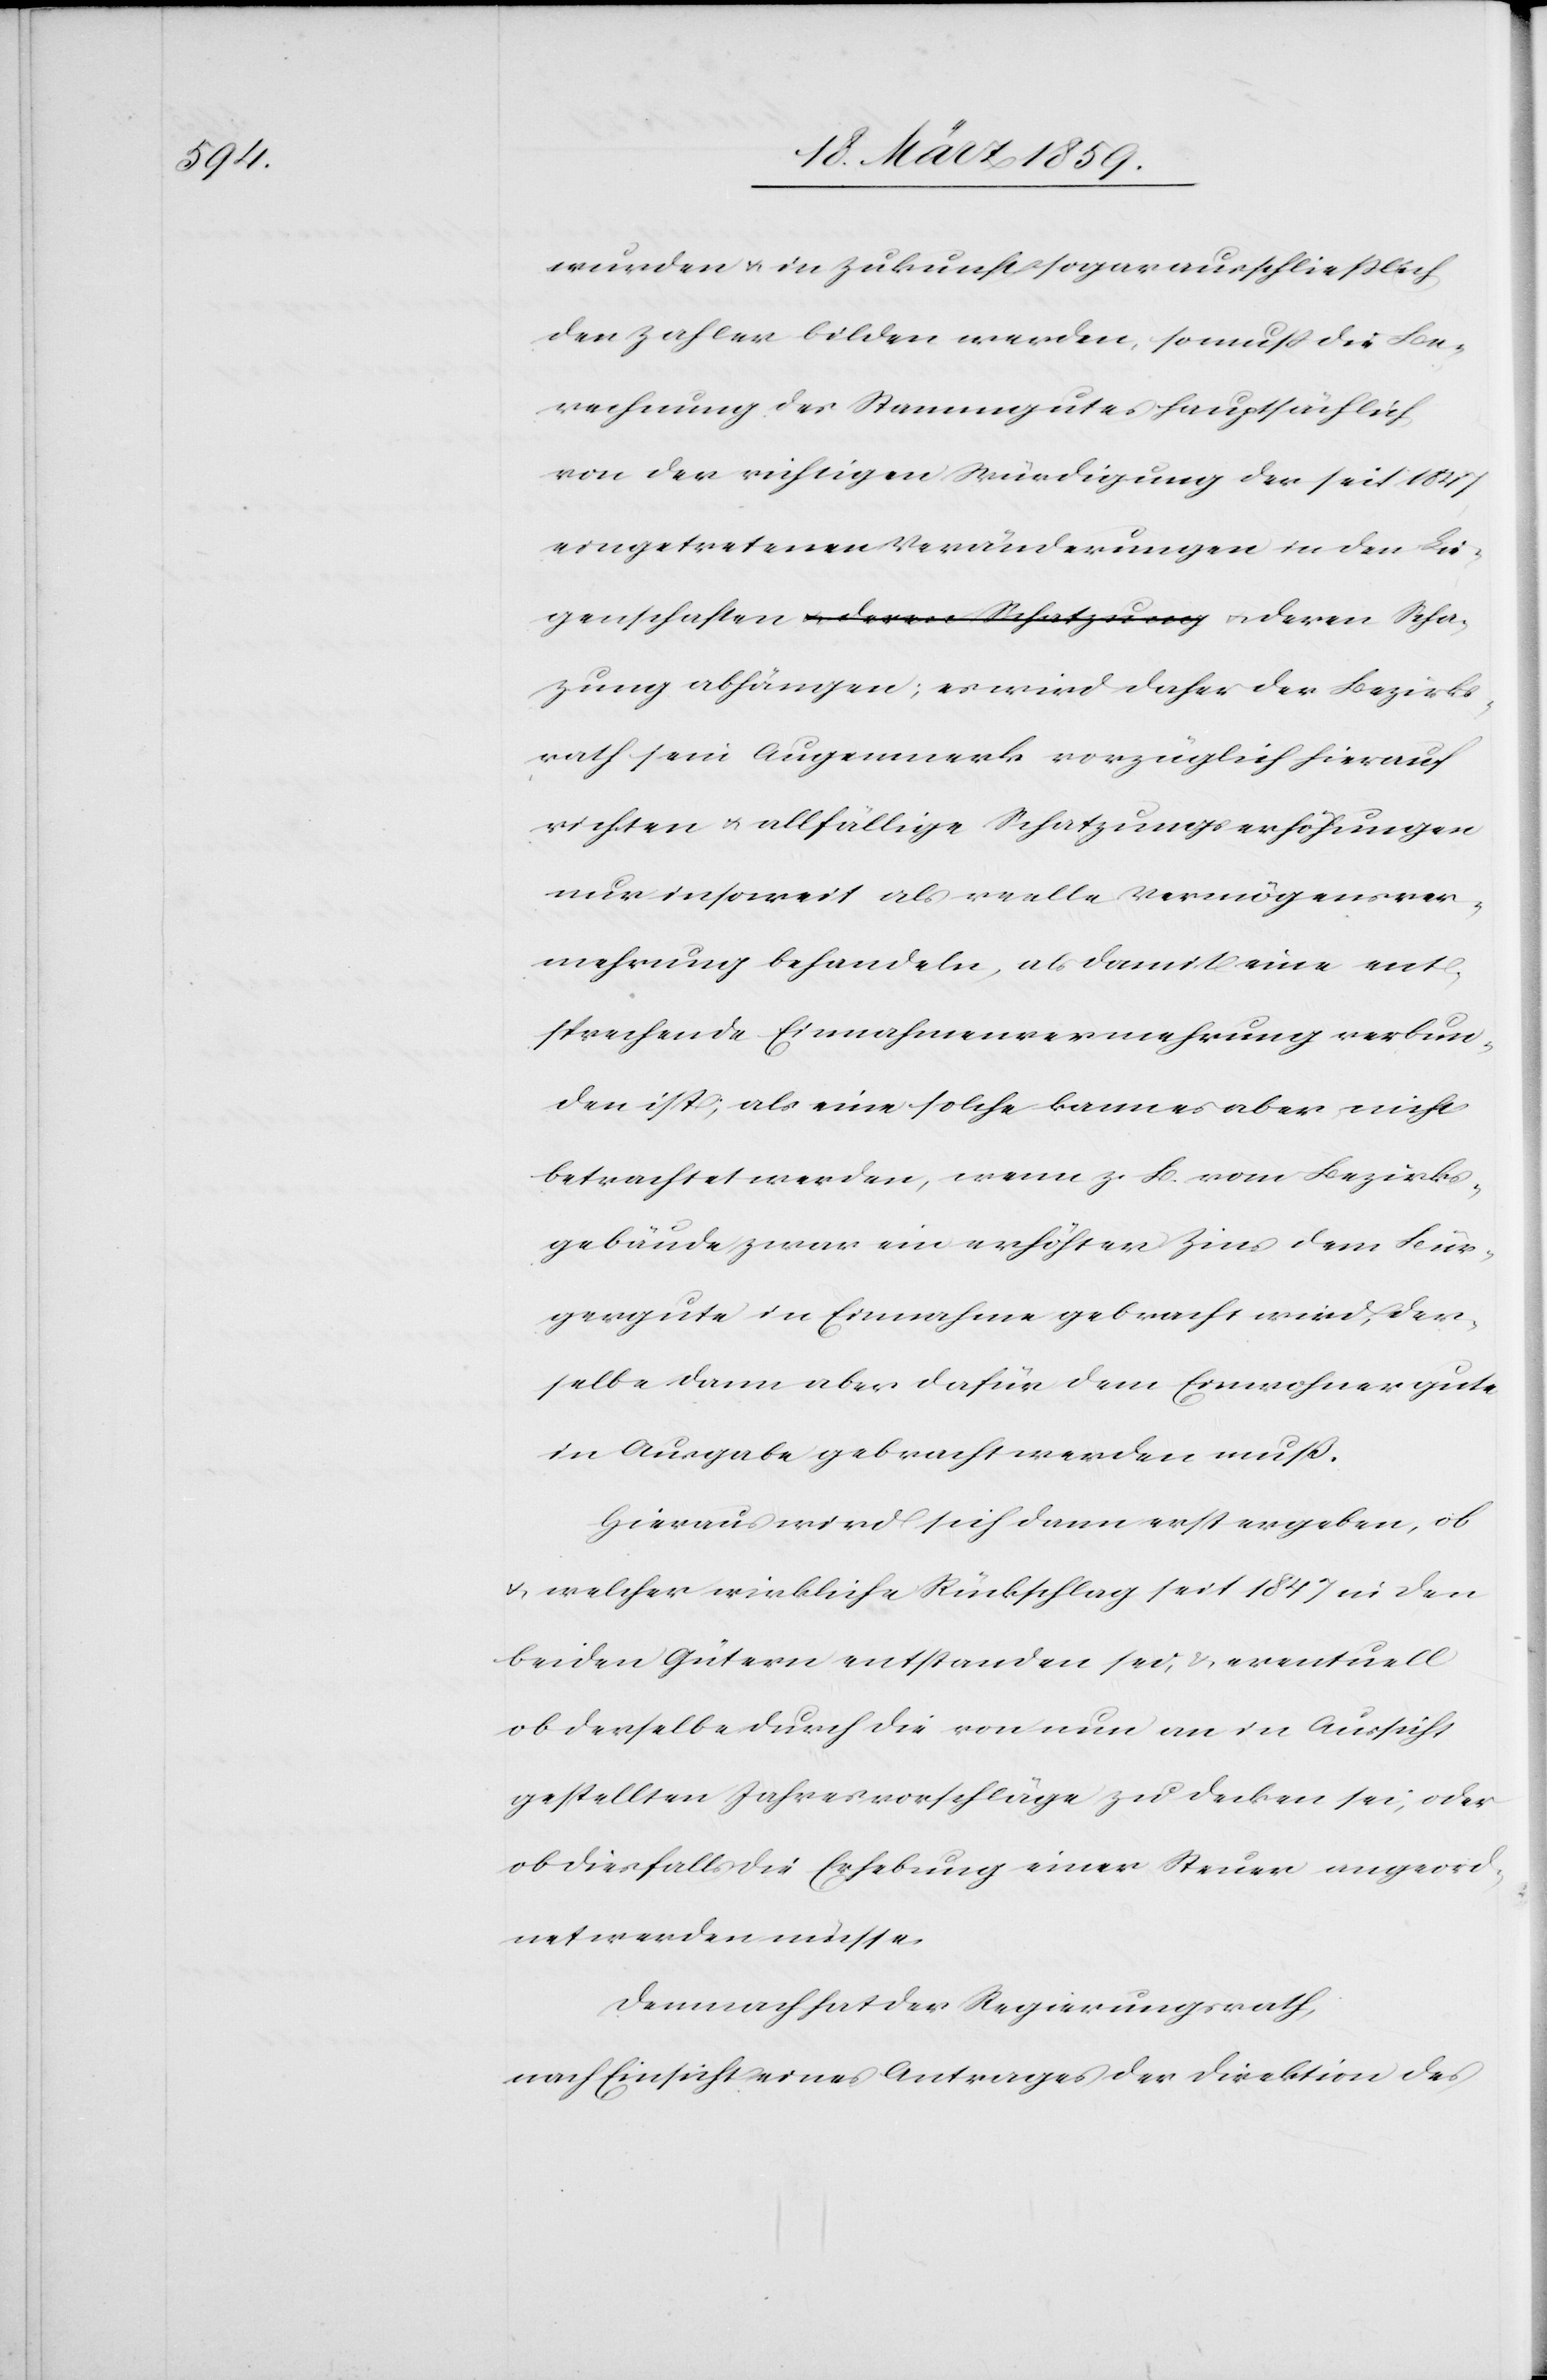
Bezirks¬

wurden u. in Zukunft sogar ausschließlich
den Zahler bilden werden, so muß die Be¬
rechnung des Stammgutes hauptsächlich
von der richtigen Würdigung der seit 1847
eingetretenen Veränderungen in den Lie¬
genschaften u. deren Schatzung abhängen; es
rath sein Augenmerk vorzüglich hierauf
richten u. allfällige Schatzungserhöhungen
nur insoweit als reelle Vermögensver¬
mehrung behandeln, als damit eine ent¬
sprechende Einnahmenvermehrung verbun¬
den ist; als eine solche kann es aber nicht
betrachtet werden, wenn z. B. vom Bezirks¬
gebäude zwar ein erhöhter Zins dem Bür¬
gergute in Einnahme gebracht wird, der¬
selbe dann aber dafür dem Einwohnergute
in Ausgabe gebracht werden muß.
Hieraus wird sich dann erst ergeben, ob
u. welcher wirkliche Rückschlag seit 1847 in den
beiden Gütern entstanden sei, & eventuell
ob derselbe durch die von nun an in Aussicht
gestellten Jahresvorschläge zu decken sei, oder
ob diesfalls die Erhebung einer Steuer angeord¬
net werden müsse.
Demnach hat der Regierungsrath,
nach Einsicht eines Antrages der Direktion des